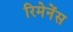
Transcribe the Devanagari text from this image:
रिमेनेंस